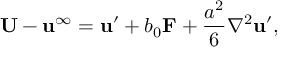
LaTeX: \mathbf { U } - \mathbf { u } ^ { \infty } = \mathbf { u } ^ { \prime } + b _ { 0 } \mathbf { F } + { \frac { a ^ { 2 } } { 6 } } \nabla ^ { 2 } \mathbf { u } ^ { \prime } ,